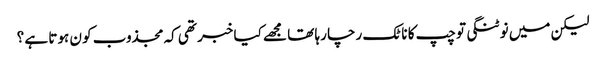
لیکن میں نوٹنگی تو چپ کا ناٹک رچا رہا تھا مجھے کیا خبر تھی کہ مجذوب کو ن ہوتا ہے ؟